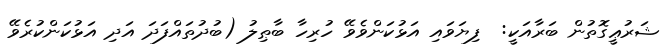
ޝަރުޢީގޮތުން ބަރާއަކީ:  ފިޔަވައި އަޅުކަންވެވޭ ހުރިހާ ބާޠިލު (ބުދުތައްފަދަ އަދި އަޅުކަންކުރެވޭ